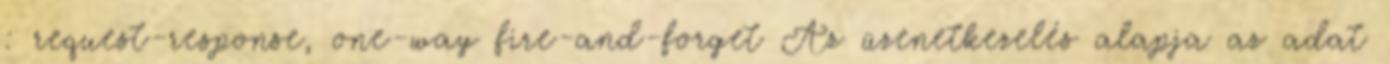
: request-response, one-way fire-and-forget Az üzenetkezelés alapja az adat